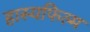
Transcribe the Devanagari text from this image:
हास्यफिल्म